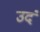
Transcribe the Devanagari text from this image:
उदं